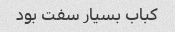
کباب بسیار سفت بود